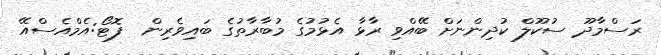
ރަސްމާދޫ ސުކޫލް ކުދިންނަށް ބޭއްވި ރާޅާ އެޅުމުގެ މުބާރާތުގެ ބައިވެރިން  ފޮޓޯ:އެމްއެސްއޭ